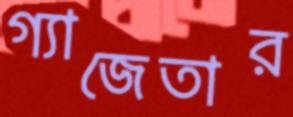
গ্যাজেতার